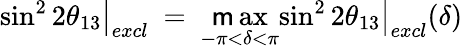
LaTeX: \left.\sin^{2}2\theta_{13}\right|_{excl}\ =\ \operatorname*{\mathsf{m}ax}_{-\pi<\delta<\pi}\left.\sin^{2}2\theta_{13}\right|_{excl}(\delta)